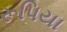
રૂપિયા